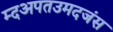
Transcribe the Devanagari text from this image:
म्दअपतउमदजंस